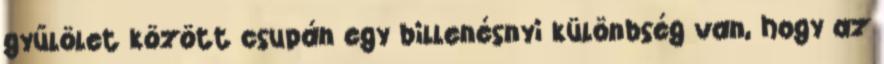
gyűlölet között csupán egy billenésnyi különbség van, hogy az